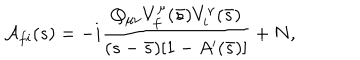
{ \cal A } _ { f i } ( s ) = - i \frac { Q _ { \mu \nu } V _ { f } ^ { \mu } ( \bar { s } ) V _ { i } ^ { \nu } ( \bar { s } ) } { ( s - \bar { s } ) [ 1 - A ^ { \prime } ( \bar { s } ) ] } + N ,